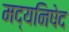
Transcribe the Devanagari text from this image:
मद्यनिषेद